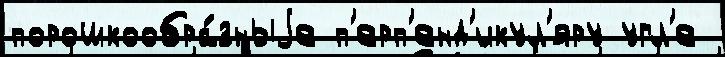
порошкообра́зныjе п'ерп'енд'икул'яру угл'е